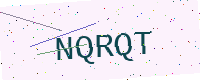
Text: NQRQT